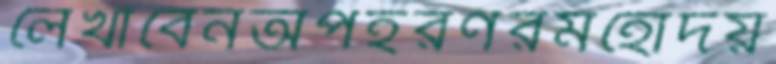
লেখাবেনঅপহরণরমহোদয়